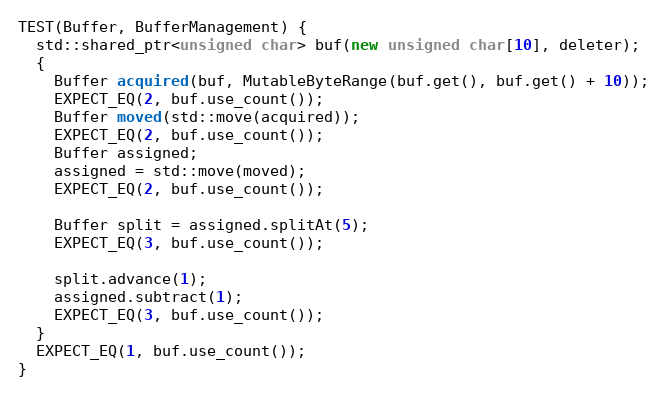
Language: C++
TEST(Buffer, BufferManagement) {
  std::shared_ptr<unsigned char> buf(new unsigned char[10], deleter);
  {
    Buffer acquired(buf, MutableByteRange(buf.get(), buf.get() + 10));
    EXPECT_EQ(2, buf.use_count());
    Buffer moved(std::move(acquired));
    EXPECT_EQ(2, buf.use_count());
    Buffer assigned;
    assigned = std::move(moved);
    EXPECT_EQ(2, buf.use_count());

    Buffer split = assigned.splitAt(5);
    EXPECT_EQ(3, buf.use_count());

    split.advance(1);
    assigned.subtract(1);
    EXPECT_EQ(3, buf.use_count());
  }
  EXPECT_EQ(1, buf.use_count());
}